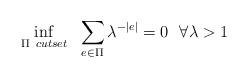
LaTeX: \begin{align*}\inf\limits_{\Pi \ cutset} \ \ \sum_{e \in \Pi} \lambda^{-|e|} = 0 \ \ \forall \lambda > 1\end{align*}